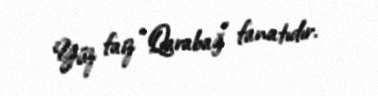
Yüz faiz “Qarabağ” fanatıdır.